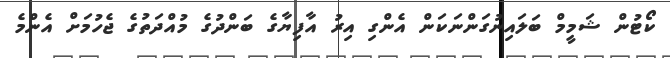
ކޯޓުން ޝަމީމް ބަލައިނުގަންނަކަން އެންގި އިރު އާފިޔާގެ ބަންދުގެ މުއްދަތުގެ ޖެހުމަށް އެންމެ